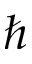
\hbar